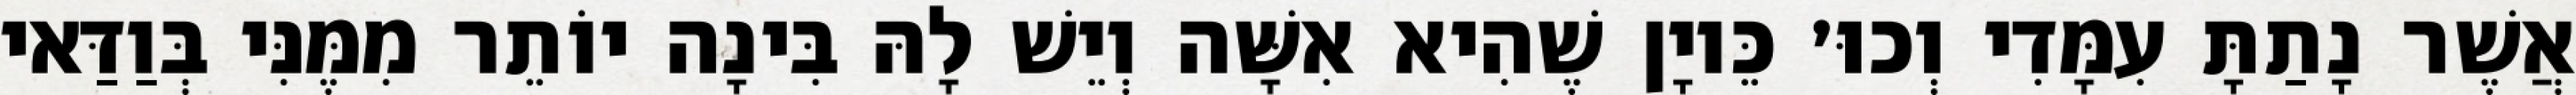
אֲשֶׁר נָתַתָּ עִמָּדִי וְכוּ׳ כֵּיוָן שֶׁהִיא אִשָּׁה וְיֵשׁ לָהּ בִּינָה יוֹתֵר מִמֶּנִּי בְּוַדַּאי